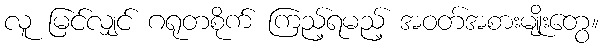
လူ မြင်လျှင် ဂရုတစိုက် ကြည့်ရမည့် အဝတ်အစားမျိုးတွေ။